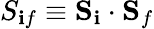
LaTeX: {S}_{\mathbf{i}f}\equiv{\mathbf{S}}_{\mathbf{i}}\cdot{\mathbf{S}}_{f}